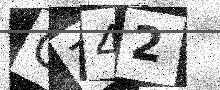
Text: CZ42